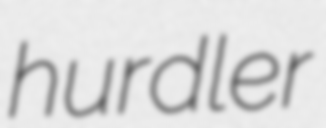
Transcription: hurdler